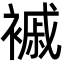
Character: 䙘